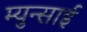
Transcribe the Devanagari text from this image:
म्युन्साई